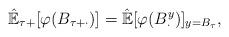
LaTeX: \begin{align*}\hat{\mathbb{E}}_{\tau+}[\varphi(B_{\tau+\cdot})]=\hat{\mathbb{E}}[\varphi(B_\cdot^y)]_{y=B_{\tau}},\end{align*}